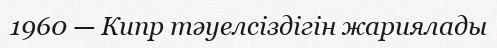
1960 — Кипр тәуелсіздігін жариялады